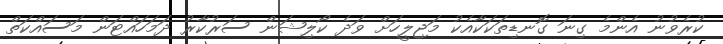
ކުރެވުނު އެންމެ ގިނަ ގޮނޑިތަކަކާއެކު މަޖިލީހަށް ވަދެ ކޯލިޝަން ސަރުކާރު ދަމަހައްޓަން މަސައްކަތް